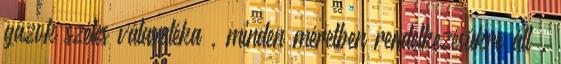
gázok széles választéka , minden méretben rendelkezésükre áll .